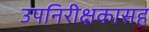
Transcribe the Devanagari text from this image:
उपनिरीक्षकासह